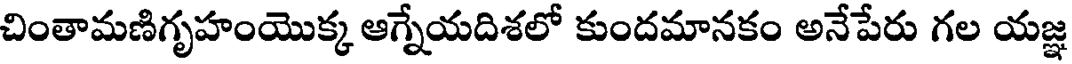
చింతామణిగృహంయొక్క ఆగ్నేయదిశలో కుందమానకం అనేపేరు గల యజ్ఞ